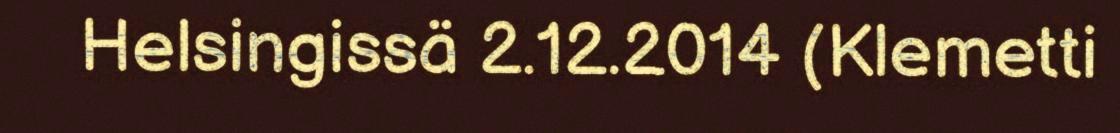
Helsingissä 2.12.2014 (Klemetti